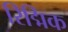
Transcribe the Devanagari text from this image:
रिद्मिक